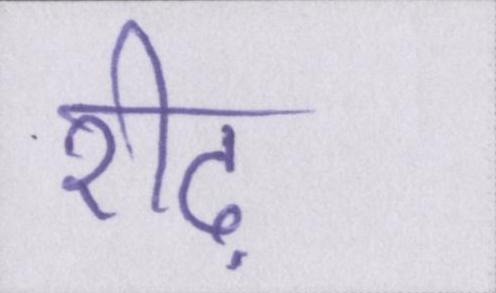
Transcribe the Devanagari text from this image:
रीढ़